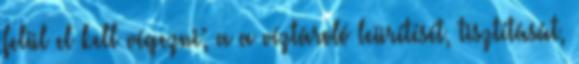
felül el kell végezni; a a víztároló leürítését, tisztítását,